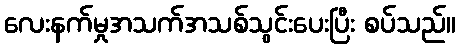
လေးနက်မှုအသက်အသစ်သွင်းပေးပြီး စပ်သည်။